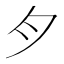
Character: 𱼀